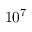
1 0 ^ { 7 }